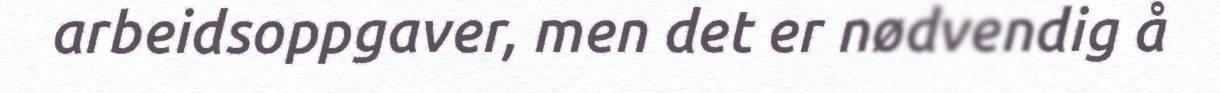
arbeidsoppgaver, men det er nødvendig å